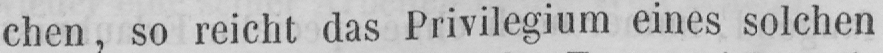
chen, so reicht das Privilegium eines solchen